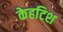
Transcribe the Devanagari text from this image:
केहटिश